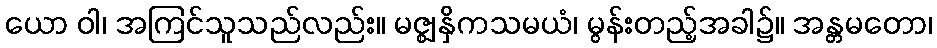
ယော ဝါ၊ အကြင်သူသည်လည်း။ မဇ္ဈနှိကသမယံ၊ မွန်းတည့်အခါ၌။ အန္တမတော၊